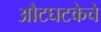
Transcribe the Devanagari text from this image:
औटघटकेचे